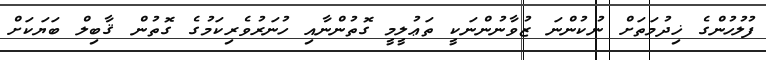
ފުލުހުންގެ ޚިދުމަތަށް ނުކުންނަ ޒުވާނުންނަކީ ތަޢުލީމީ ގޮތުންނާއި ހުނަރުވެރިކަމުގެ ގޮތުން ޤާބިލް ބަޔަކަށް